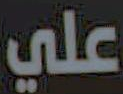
علي